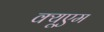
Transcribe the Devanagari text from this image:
क्यूएम